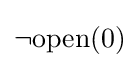
\neg \mathrm {open} (0)